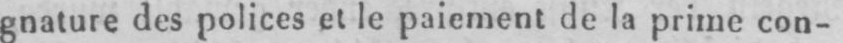
gnature des polices et le paiement de la prime con-